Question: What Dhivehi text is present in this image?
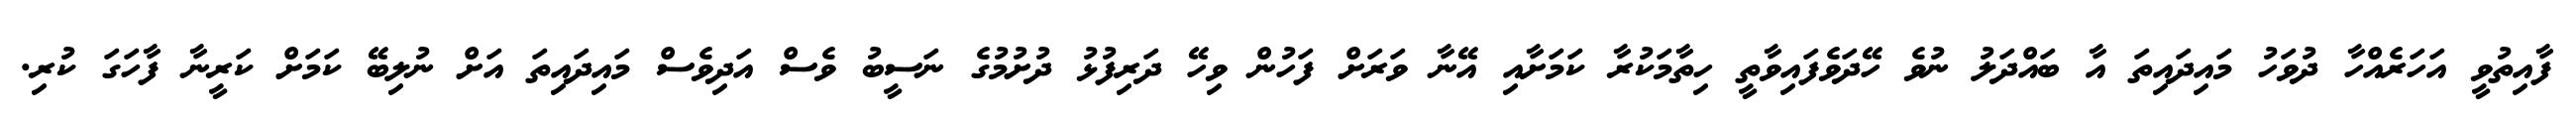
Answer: ފާއިތުވީ އަހަރެއްހާ ދުވަހު މައިދައިތަ އާ ބައްދަލު ނުވެ ހޭދަވެފައިވާތީ ހިތާމަކުރާ ކަމަށާއި އޭނާ ވަރަށް ފަހުން ވިހޭ ދަރިފުޅު ދުށުމުގެ ނަސީބު ވެސް އަދިވެސް މައިދައިތަ އަށް ނުލިބޭ ކަމަށް ކަރީނާ ފާހަގަ ކުރި.